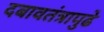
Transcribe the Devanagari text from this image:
दबावतंत्रापुढे